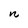
Character: n